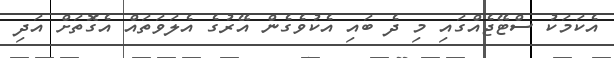
އެކަމަކު ސްޓޭޖެއްގައި މި ދެ ބައި އެކުވެގެން އޭރުގެ އެލަވަތައް އެގޮތަށް އަދި